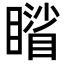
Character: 𥋐